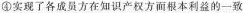
④实现了各成员方在知识产权方而根本利益的-致